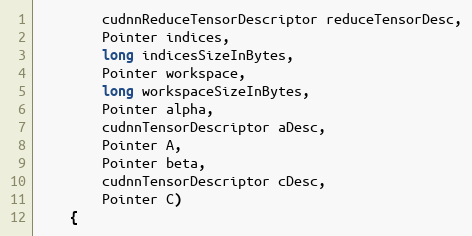
Language: Java
        cudnnReduceTensorDescriptor reduceTensorDesc,
        Pointer indices,
        long indicesSizeInBytes,
        Pointer workspace,
        long workspaceSizeInBytes,
        Pointer alpha,
        cudnnTensorDescriptor aDesc,
        Pointer A,
        Pointer beta,
        cudnnTensorDescriptor cDesc,
        Pointer C)
    {